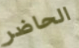
الحاضر